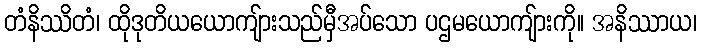
တံနိဿိတံ၊ ထိုဒုတိယယောကျ်ားသည်မှီအပ်သော ပဌမယောကျ်ားကို။ အနိဿာယ၊